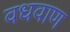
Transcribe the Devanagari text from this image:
वधवाण